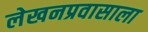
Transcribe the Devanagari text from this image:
लेखनप्रवासाला